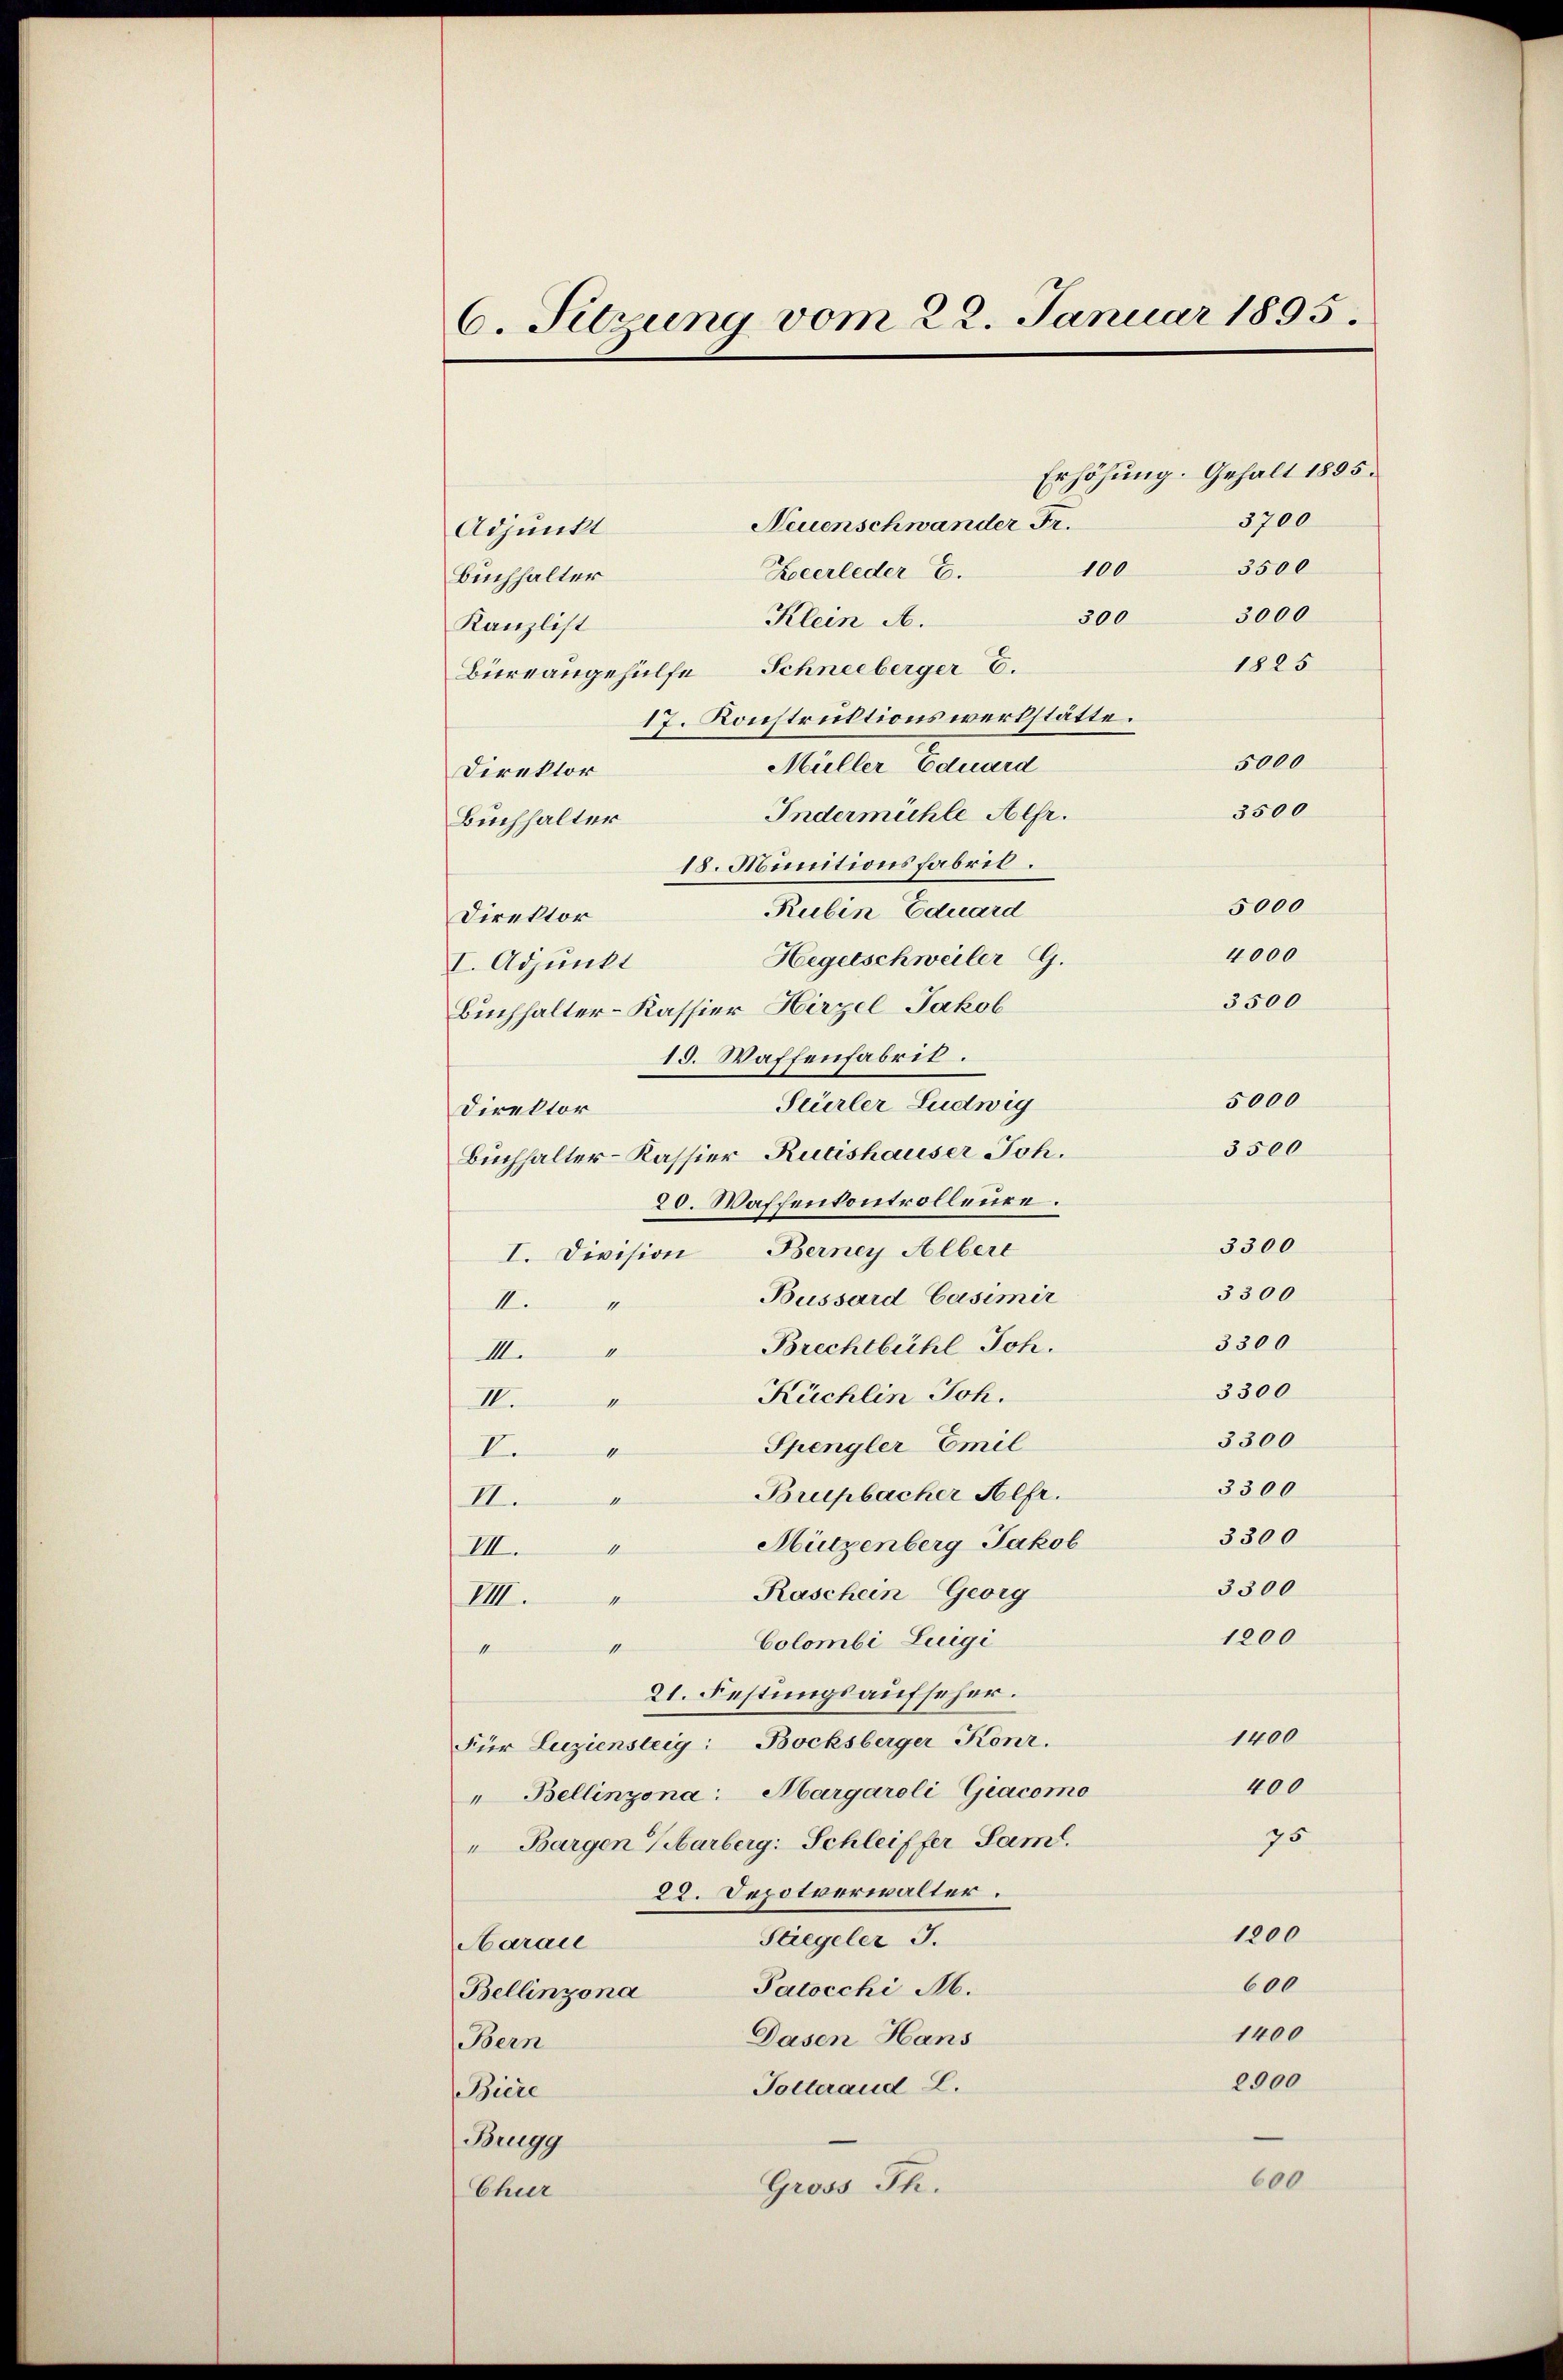
6. Sitzung vom 22. Januar 1895.

Erhöhung. Gehalt 1895
3700
Neuenschwander Fr.
Adjunkt
3500
100
Kocerleder E.
Buchhalter
3000
300
Klein A.
Kanzlist
1825
Büreangehülfe Schneeberger E.
17. Konstruktionswerkstätte.
5000
Müller Eduard
Direktor
3500
Indermühle Alfr.
Buchhalter
18. Munitionsfabril.
5000
Rubin Eduard
Direktor
4000
Hegetschweiler G.
I. Adjunkt
3500
Buchhalter-Kassier Hirzel Jakob
19. Waffenfabrik.
5000
Stürler Ludwig
Direktor
3500
Buchhalter-KassierRutishauser Joh.
20. Waffenkontrolleure.
3300
I. Division Berney Albere
3300
Bussard Casimir
14
III.
3300
Brechtbühl Joh.
III.
3300
Küchlin Joh.
1
III.
3300
Spengler Emil
1
I.
3300
Brupbacher Hefr.
II.
3300
Mützenberg Jakob
VII.
3300
Raschein Georg
1
VIII.
1200
Colombi Luigi
11
1
21. Festungsaufscher.
1400
Für Luziensteig: Bocksberger Konr.
400
"Bellinzona Margaroli-Giacomo
75
"Bargen Harberg: Schleiffer Saml.
29. Depotverwalter.
1200
Stiegeler J.
Aaraie
600
Patocchi M.
Bellinzona
1400
Dasen Hans
Bern
2900
Polteraud L.
Biere
Brugg
600
Gross Th.
Chur